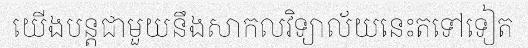
យើងបន្តជាមួយនឹងសាកលវិទ្យាល័យនេះតទៅទៀត